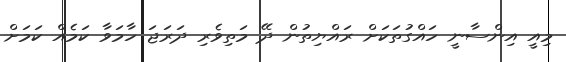
މިއީ އިންސާނީ ހައްގުތަކަށް ރައްޔިތުން ދޭ މަތިވެރި ދަރަޖަ ހާމަވާ ކަމެއް ކަމަށް